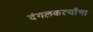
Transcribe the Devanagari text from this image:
दंगलकर्त्यांना